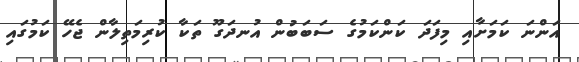
އަންނަ ކަމަށާއި މިފަދަ ކަންކަމުގެ ސަބަބުން އުނދަގޫ ތަކާ ކުރިމަތިިލާން ޖެހޭ ކަމުގައި